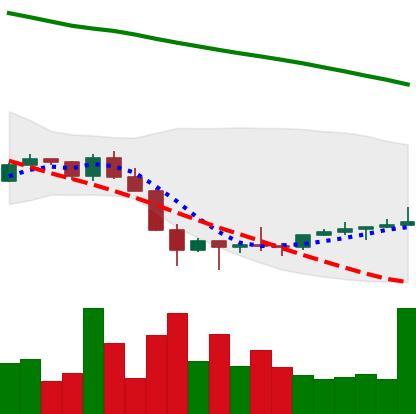
Ticker: NEO-USD
Chart end date: 2022-02-02
Forward return: 17.557%
Label: up_7plus